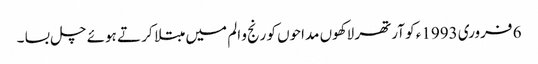
6 فروری 1993ء کو آرتھر لاکھوں مداحوں کو رنج و الم میں مبتلا کر تے ہوئے چل بسا ۔